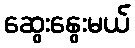
ဆွေးနွေးမယ်